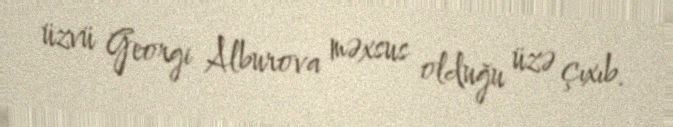
üzvü Georgi Alburova məxsus olduğu üzə çıxıb.